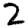
Digit: 2